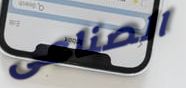
الصناعى